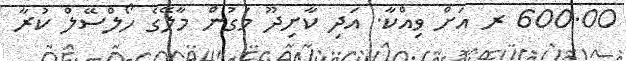
600.00 ރ އަށް ވިއްކާ. އަދި ކާށިދޫ މަގުން މާލޭގެ ހޯލްސޭލް ކުރާ